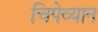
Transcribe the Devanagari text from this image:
चिपेव्यान